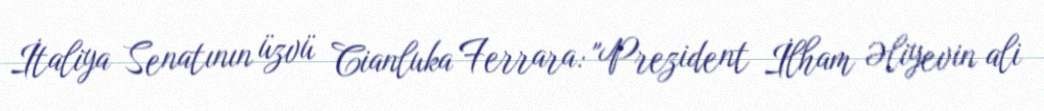
İtaliya Senatının üzvü Cianluka Ferrara: "Prezident İlham Əliyevin ali